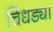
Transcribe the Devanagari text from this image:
चिंधड्या